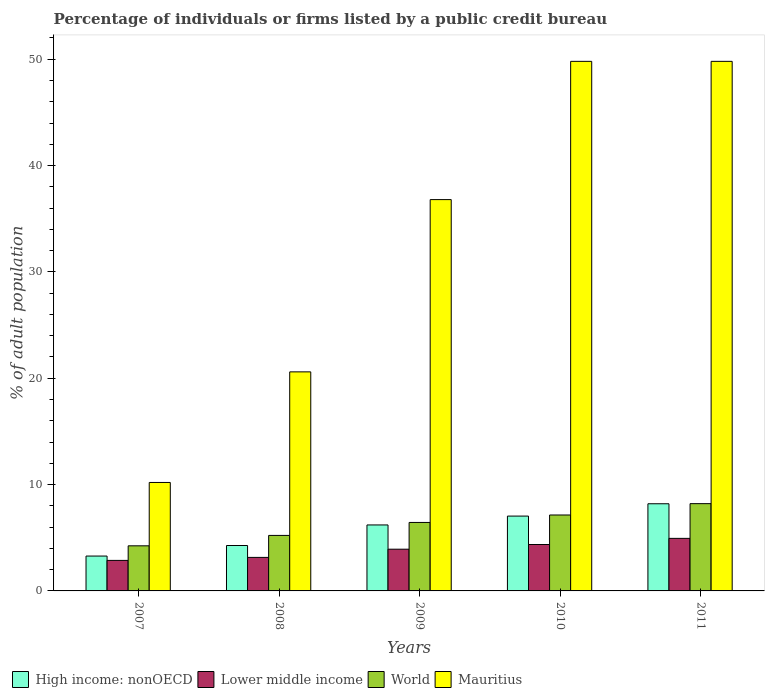
| Years | High income: nonOECD | Lower middle income | World | Mauritius |
 | --- | --- | --- | --- | --- |
 | 2007 | 3.28 | 2.87 | 4.24 | 10.2 |
 | 2008 | 4.27 | 3.15 | 5.22 | 20.6 |
 | 2009 | 6.2 | 3.92 | 6.44 | 36.8 |
 | 2010 | 7.04 | 4.36 | 7.14 | 49.8 |
 | 2011 | 8.2 | 4.94 | 8.21 | 49.8 |